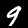
Digit: 9